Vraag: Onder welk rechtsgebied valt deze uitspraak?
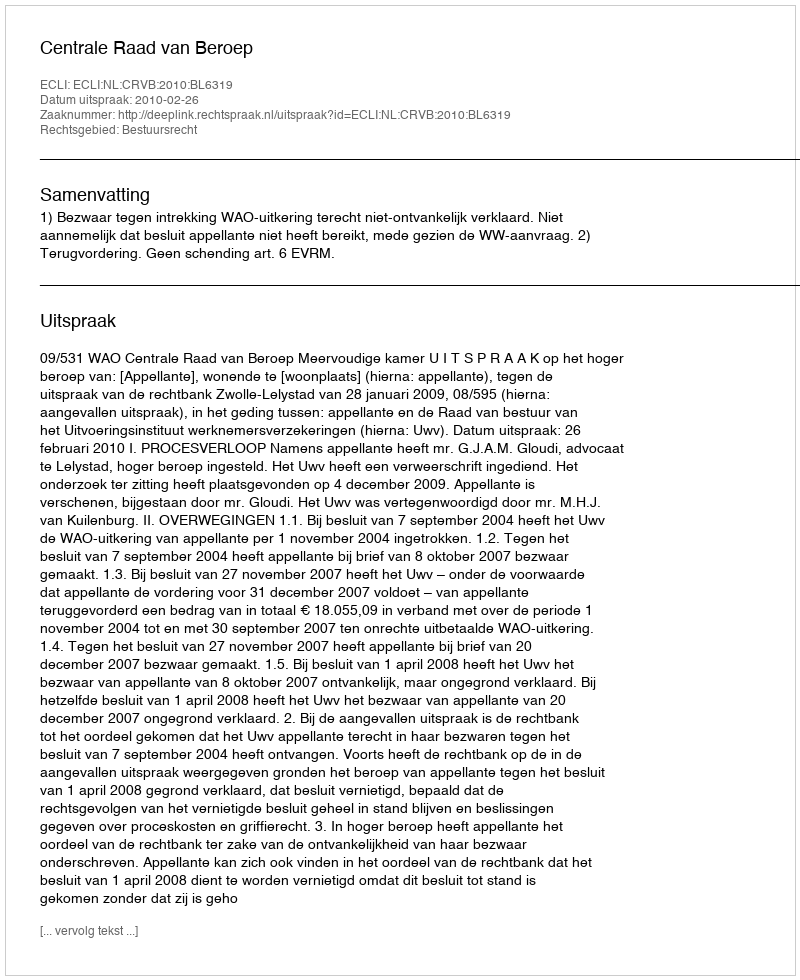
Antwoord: Bestuursrecht